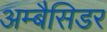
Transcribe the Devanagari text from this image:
अम्बैसिडर